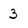
Character: 3